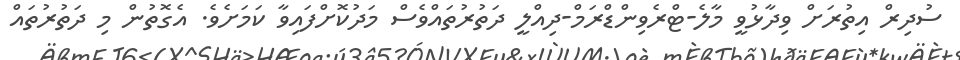
ސުދިރް އިތުރަށް ވިދާޅުވީ މާލެ-ޓްރެވިންޑްރަމް-ދިިއްލީ ދަތުރުތައްވެސް މަދުކޮށްފައިވާ ކަމަށެވެ. އެގޮތުން މި ދަތުރުތައް